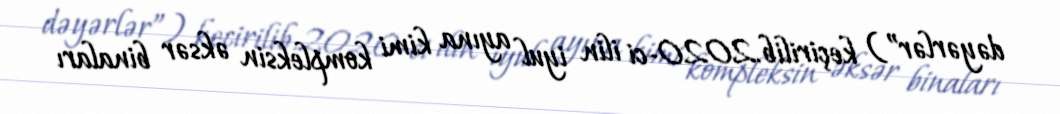
dəyərlər”) keçirilib.2020-ci ilin iyul ayına kimi kompleksin əksər binaları